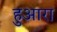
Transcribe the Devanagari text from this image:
हुआरा